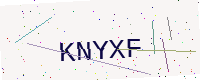
Text: KNYXF